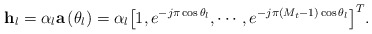
\begin{align*} {{\bf{h}}_l} = {\alpha _l}{\bf{a}}\left( {{\theta _l}} \right) = {\alpha _l}{\left[ {1,{e^{ - j\pi \cos {\theta _l}}}, \cdots ,{e^{ - j\pi \left( {{M_t} - 1} \right)\cos {\theta _l}}}} \right]^T}. \end{align*}